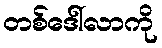
တစ်ဒေါ်လာကို